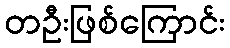
တဦးဖြစ်ကြောင်း